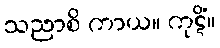
သညာစိ ကာယ။ ကုဋိံ။